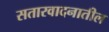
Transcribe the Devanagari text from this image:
सतारवादनातील